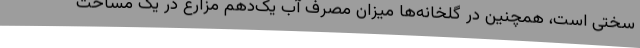
سختی است، همچنین در گلخانه‌ها میزان مصرف آب یک‌دهم مزارع در یک مساحت